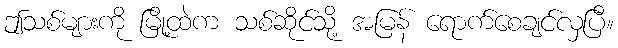
ဤသစ်များကို မြို့ထဲက သစ်ဆိုင်သို့ အမြန် ရောက်စေချင်လှပြီ။